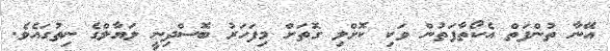
އޭނާ ތުންފަތް އެކޯތާފަތުން ވަކި ކޮށްލި ގޮތަށް މިފަހަރު ބޮސްދިނީ ލަޔާލްގެ ނިތުގައެވެ.